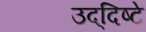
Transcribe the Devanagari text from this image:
उद्‌दिष्टे